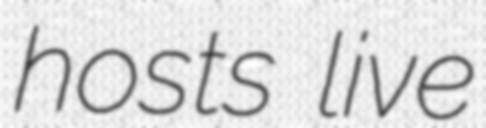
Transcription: hosts live